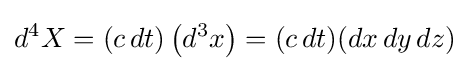
d^{4}X=(c\,dt)\left(d^{3}x\right)=(c\,dt)(dx\,dy\,dz)